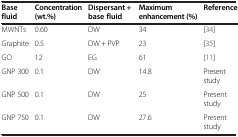
| Base fluid | Concentration (wt.%) | Dispersant + base fluid | Maximum enhancement (%) | Reference |
 | --- | --- | --- | --- | --- |
 | MWNTs | 0.60 | DW | 34 | [34] |
 | Graphite | 0.5 | DW + PVP | 23 | [35] |
 | GO | 12 | EG | 61 | [11] |
 | GNP 300 | 0.1 | DW | 14.8 | Present study |
 | GNP 500 | 0.1 | DW | 25 | Present study |
 | GNP 750 | 0.1 | DW | 27.6 | Present study |